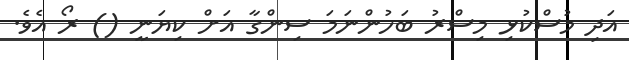
އަދި މުސްކުޅި މިސްރު ބަހުންނަމަ ސިންގާ އަށް ކިޔަނީ () ރޯ އެވެ.